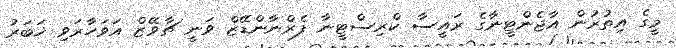
މީގެ އިތުރުން އާޖެންޓީނާގެ ރައީސާ ކްރިސްޓީނާ ފެރްނާންޑޭޒް ވަނީ ޗާވޭޒް އަވަހާރަވި ޚަބަރު